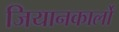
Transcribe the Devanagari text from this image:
जियानकार्लो